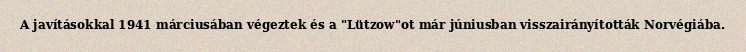
A javításokkal 1941 márciusában végeztek és a "Lützow"ot már júniusban visszairányították Norvégiába.